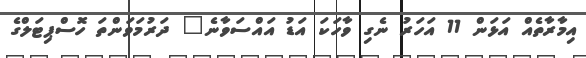
އިމާރާތެއް އަޅަން 11 އަހަރު ނެގި ވާހަކަ އަޑު އައްސަވާނެ" ދަރުމަވަންތަ ހޮސްޕިޓަލްގެ